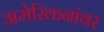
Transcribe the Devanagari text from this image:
अमेरिकनांवर